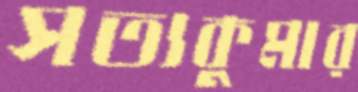
সত্যকুমার